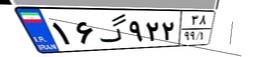
۶۲گ۶۶۳۱۵